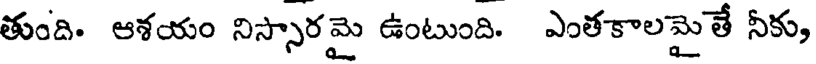
తుంది. ఆశయం నిస్సారమై ఉంటుంది. ఎంతకాలమైతే నీకు,